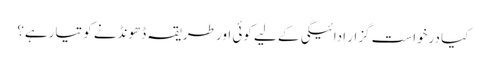
کیا درخواست گزار ادائیگی کے لیے کوئی اور طریقہ ڈھونڈنے کو تیارہے؟